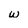
Character: w